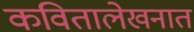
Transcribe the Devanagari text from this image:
कवितालेखनात